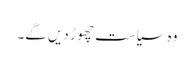
وہ سیاست چھو ڑ دیں گے۔